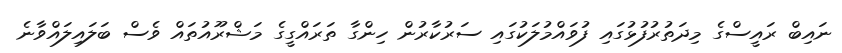
ނައިބް ރައީސްގެ މިދަތުރުފުޅުގައި ފުވައްމުލަކުގައި ސަރުކާރުން ހިންގާ ތަރައްގީގެ މަޝްރޫއުތައް ވެސް ބަލައިލައްވާނެ